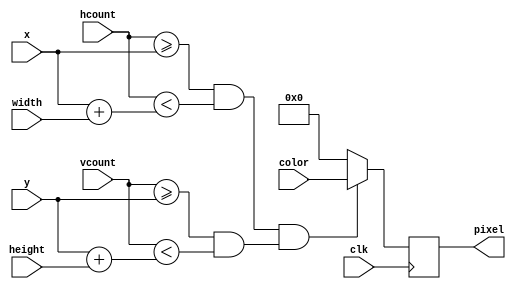
`timescale 1ns / 1ps
//////////////////////////////////////////////////////////////////////////////////
// Company: 
// Engineer: 
// 
// Design Name: 
// Module Name: blob
// Project Name: 
// Target Devices: 
// Tool Versions: 
// Description: 
// 
// Dependencies: 
// 
// Revision:
// Revision 0.01 - File Created
// Additional Comments:
// 
//////////////////////////////////////////////////////////////////////////////////


module blob
   #(parameter WIDTH = 64,            // default width: 64 pixels
               HEIGHT = 64,           // default height: 64 pixels
               COLOR = 12'hF_FF)  // default color: white
   (input [7:0] width, height,
   input [11:0] color,
   input [10:0] x,hcount,
    input [9:0] y,vcount,
    input clk,
    output reg [11:0] pixel);

   always @(posedge clk) begin
      if ((hcount >= x && hcount < (x+width)) &&
	 (vcount >= y && vcount < (y+height)))
	pixel <= color;
      else pixel <= 0;
   end
endmodule